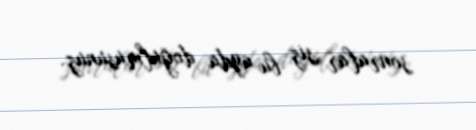
sonralar siz bu ayda doğulmusunuz.